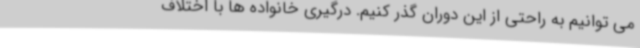
می توانیم به راحتی از این دوران گذر کنیم. درگیری خانواده ها با اختلاف